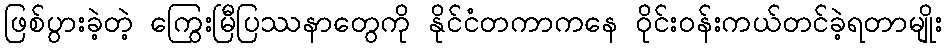
ဖြစ်ပွားခဲ့တဲ့ ကြွေးမြီပြဿနာတွေကို နိုင်ငံတကာကနေ ဝိုင်းဝန်းကယ်တင်ခဲ့ရတာမျိုး